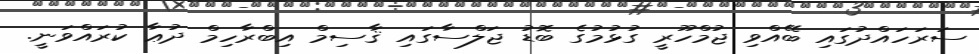
ސަރަހައްދުގައި ބޭއްވި ޖުމްހޫރީ ގުޅުމުގެ ބޮޑު ޖަލްސާގައި ޤާސިމް އިބްރާހިމް ދުޢާ ކުރައްވަނީ.